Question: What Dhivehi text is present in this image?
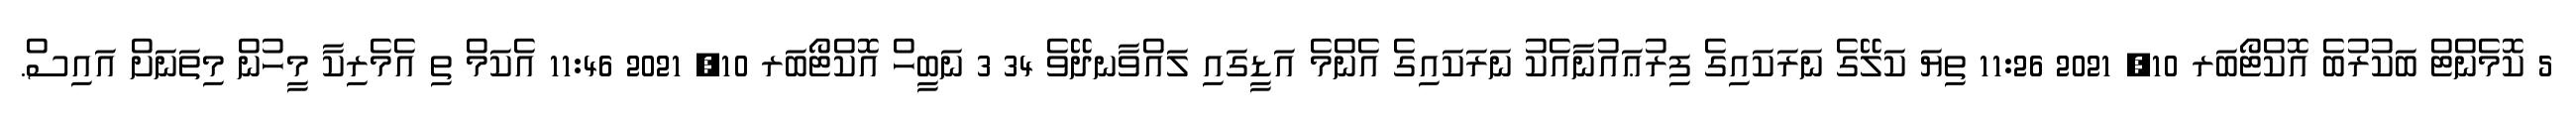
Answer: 5 ކޮމެންޓް ބަކުރުބެ އޮކްޓޯބަރ 10, 2021 11:26 ތިޔަ ކަލޭގެ ނަރަކައިގެ ފިރުޢައުނާއެކު ނަރަކައިގެ އެންމެ އަޑީގައި ލައްވާނދޭވެ 34 3 ނަބީހް އޮކްޓޯބަރ 10, 2021 11:46 އެކަމް ތި އެމެރިކާ މީހުން މިތަނަށް އައިސް.